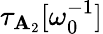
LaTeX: \tau_{\mathbf{A}_{2}}[\omega_{0}^{-1}]